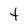
Character: t